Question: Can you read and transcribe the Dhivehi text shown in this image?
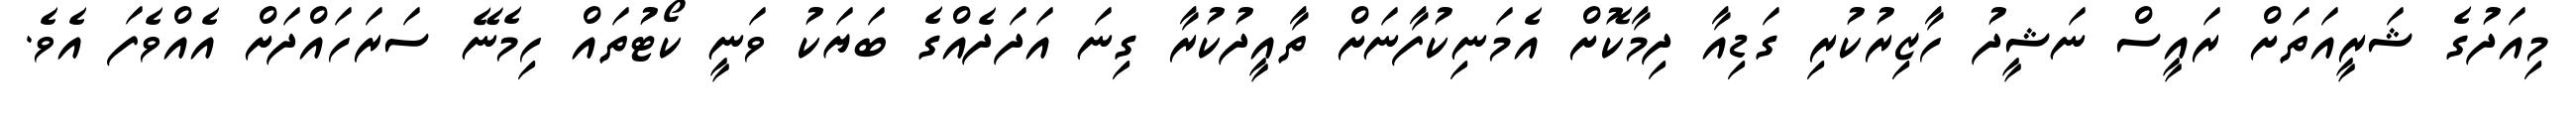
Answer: މިއަދުގެ ޝަރީއަތަށް ރައީސް ނަޝީދު ހާޒިރުކުރި ގަޑިއާ ދިމާކޮށް އެމަނިކުފާނަށް ތާއީދުކުރާ ގިނަ އަދަދެއްގެ ބަޔަކު ވަނީ ކޯޓުތައް ހިމެނޭ ސަރަހައްދަށް އެއްވެފަ އެވެ.